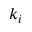
k _ { i }